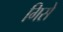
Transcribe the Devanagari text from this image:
गिसे